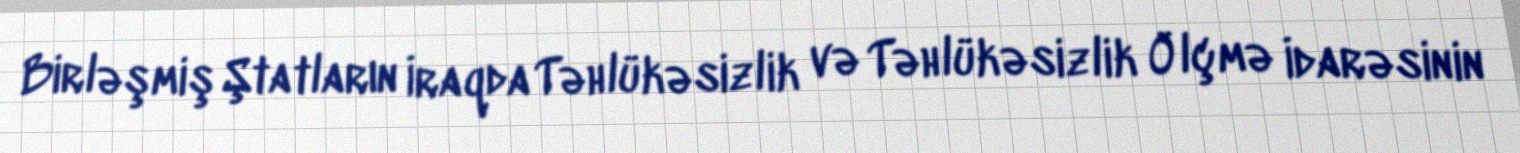
Birləşmiş Ştatların İraqda Təhlükəsizlik və Təhlükəsizlik Ölçmə İdarəsinin